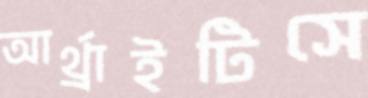
আর্থ্রাইটিসে